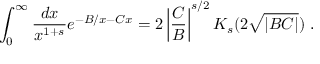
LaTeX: \int _ { 0 } ^ { \infty } \frac { d x } { x ^ { 1 + s } } e ^ { - B / x - C x } = 2 \left| \frac { C } { B } \right| ^ { s / 2 } K _ { s } ( 2 \sqrt { | B C | } ) \ .